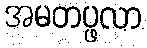
အမတပ္ဖလာ